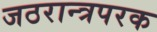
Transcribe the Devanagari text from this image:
जठरान्त्रपरक